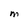
Character: M